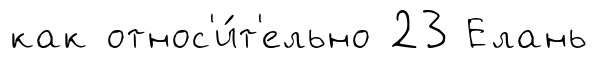
как относ'и́т'ельно 23 Елань